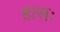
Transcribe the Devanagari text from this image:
हासः